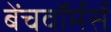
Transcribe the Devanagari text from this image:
बेंचवॉर्मर्स